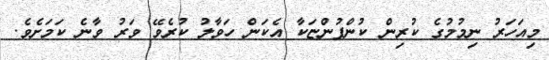
މިއަހަރު ނިމުމުގެ ކުރިން ކުންފުންޏަކާ އެކަން ހަވާލު ކުރެވޭ ވަރު ވާނެ ކަމަށެވެ.